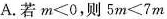
A.若$$m<0$$，则$$5m<7m$$